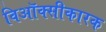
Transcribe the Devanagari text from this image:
विऑक्सीकारक